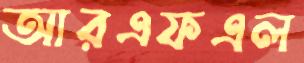
আরএফএল